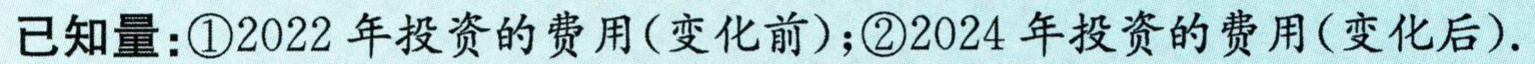
已知量：\textcircled{1}2022 年投资的费用(变化前)；\textcircled{2}2024 年投资的费用(变化后).